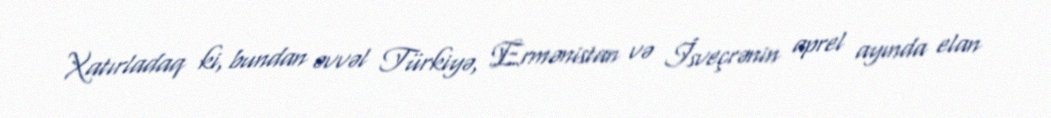
Xatırladaq ki, bundan əvvəl Türkiyə, Ermənistan və İsveçrənin aprel ayında elan